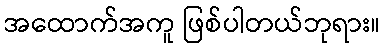
အထောက်အကူ ဖြစ်ပါတယ်ဘုရား။